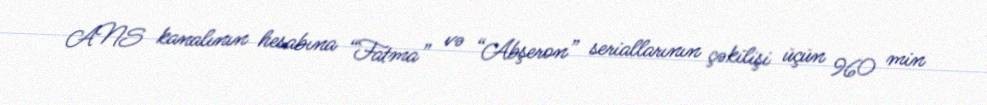
ANS kanalının hesabına “Fatma” və “Abşeron” seriallarının çəkilişi üçün 960 min